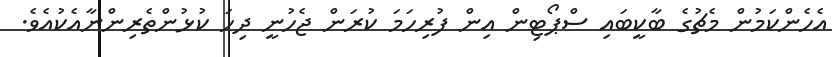
އެހެންކަމުން މެޗުގެ ބާކީބައި ސްޕޯޓިން އިން ފުރިހަމަ ކުރަން ޖެހުނީ ދިހަ ކުޅުންތެރިންނާއެކުއެވެ.